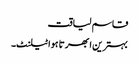
قاسم لیاقت
بہترین ابھرتا ہوا ٹیلنٹ۔